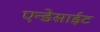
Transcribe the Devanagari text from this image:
एन्डेसाईट